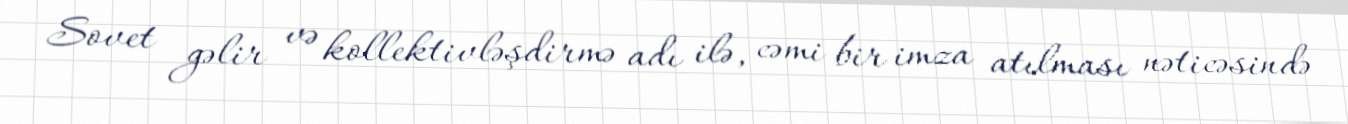
Sovet gəlir və kollektivləşdirmə adı ilə, cəmi bir imza atılması nəticəsində